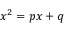
x ^ { 2 } = p x + q